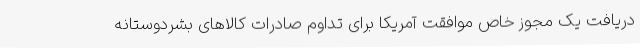
دریافت یک مجوز خاص موافقت آمریکا برای تداوم صادرات کالاهای بشردوستانه